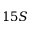
1 5 S